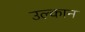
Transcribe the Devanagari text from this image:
उल्कान